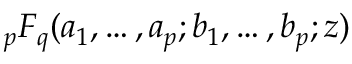
_ p F _ { q } ( a _ { 1 } , \dots , a _ { p } ; b _ { 1 } , \dots , b _ { p } ; z )